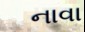
નાવા